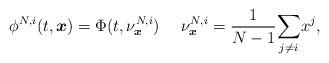
LaTeX: \begin{align*}\phi^{N,i}(t,\boldsymbol{x})=\Phi(t,\nu^{N,i}_{\boldsymbol{x}})~~~~\nu^{N,i}_{\boldsymbol{x}}=\frac{1}{N-1}\underset{j\neq i}{\sum} x^j,\end{align*}